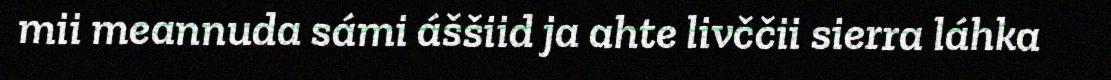
mii meannuda sámi áššiid ja ahte livččii sierra láhka